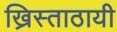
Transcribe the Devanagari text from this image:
ख्रिस्ताठायी